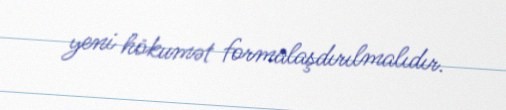
yeni hökumət formalaşdırılmalıdır.